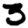
Digit: 3